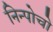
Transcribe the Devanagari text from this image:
निन्पोचो